Medical and sanitary report of the native army of Bengal for the year
Year: 1874
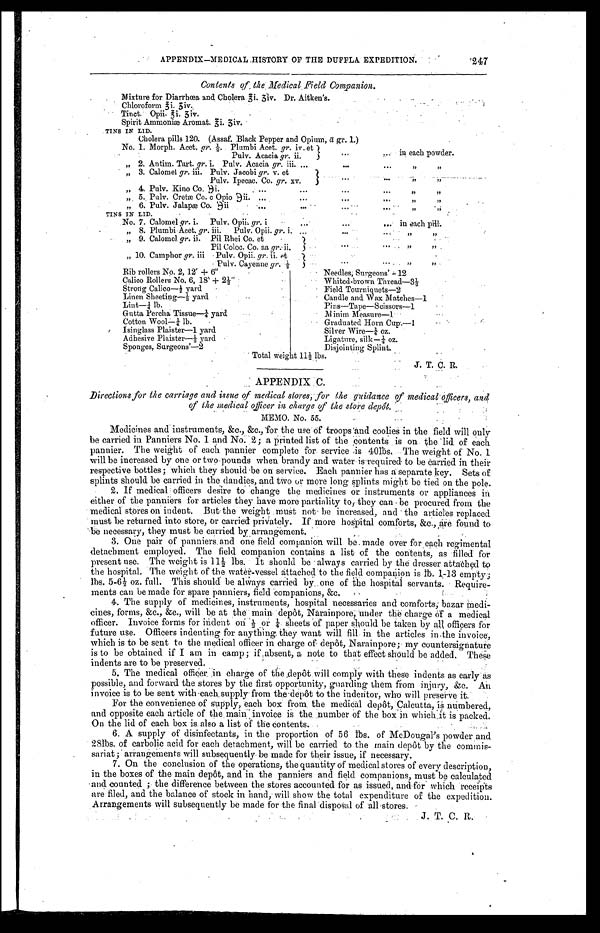
APPENDIX—MEDICAL HISTORY OF THE DUFFLA EXPEDITION 247
Contents of the Medical Field Companion.
Mixture for Diarrhœa and Cholera Ji.Jiv. Dr. Aitken's. .
Chloroform Ji. Jiv.
Tinet. Opii. Ji. Jiv.
Spirit Ammoniæ Aromat. Ji. Jiv.
TINS IN LTD.
Cholera pills 120. (Assaf. Black Pepper and Opium,ä gr. 1.
" "
No. 1. Morph. Acet, gr. ½. Plumbi Acet. gr. iv. et
in each powder.
Pulv. Acacia gr. ii.
" 2. Antim. Tart. gr. i. Pulv. Acacia gr. iii.
" "
" 3. Calomel gr. iii. Pulv. Jacobi gr. v. et
" "
Pulv. Ipecac. Co. gr. xv.
" 4. Pulv. Kino Co. Эi.
" "
" 5. Pulv. Cretæ Co. c Opio Эii.
" "
" 6. Pulv. Jalapæ Co. Эii
" "
TINS IN LID.
" "
No. 7. Calomel gr. i. Pulv. Opii. gr. i
in each pill.
" 8. Plumbi Acet. gr. iii. Pulv. Opii. gr. i.
" "
" 9 . C a l o m e l
g r .
i i . P i l R h e i C o . e t
" "
Pi l Col oc. Co. aa gr. ii.
" 10. Camphor gr. iii Pulv. Opii. gr. ii. et
" "
P u l v . C a y e n n e
g r
. ½
Rib rollers No. 2, 12’ + 6”
Needles, Surgeons' –12
Calico Rollers No. 6, 18’ + 2́½́”
Whited-brown Thread—3½
Strong Calico—́½ yard
Field Tourniquets—2
Linen Sheeting—½ yard
Candle and Wax Matches—1
Lint—¼ lb.
Pi ns—Tape—Sci ssors—1
Gutta Percha Tissue—¼ yard
Mi n i m Me a s u r e —1
Cotton Wool—¼ lb.
Graduat ed Horn Cup. —1
Isinglass Plaister—1 yard
S i l v e r W i r e — ¼ o z .
Adhesive Plaister—½ yard
Li g a t u r e , s i l k —¼ o z .
Sponges, Surgeons' —2
Disjointing Splint.
T o t a l w e i g h t 1 1 ½ l b s .
J. T. C. R.
APPENDIX C.
Directions for the carriage and issue of medical stores, for the guidance of medical officers, and
of the medical officer in charge of the store depot.
MEMO. No. 55.
Medicines and instruments, &c., &c., for the use of troops and coolies in the field will only
be carried in Panniers No. 1 and No. 2; a Printed list of the contents is on the lid of each
pannier. The weight of each pannier complete for service is 401bs. The weight of No. 1
will be increased by one or two pounds when brandy and water is required to be carried in their
respective bottles; which they should be on service. Each pannier has a separate key. Sets of
splints should be carried in the dandies, and two or more long Splints might be tied on the pole.
2. If medical officers desire to change the medicines or instruments or appliances in
either of the panniers for articles they have more partiality to they can be procured from the
medical stores on indent. But the weight must not be increased, and the articles replaced
must be returned into store, or carried privately. If more hospital comforts, &c., are found to
be necessary, they must be carried by arrangement.
3. One pair of panniers. and one field companion will be made over for each regimental
detachment employed. The field companion contains a list of the contents, as filled for
present use. The weight is 11́½ lbs. It should be always carried by the dresser attached to
the hospital. The weight of the water-vessel attached to the field companion is lb. 1-13 empty;
lbs. 5-61 oz. full. This should be always carried by one of the hospital servants. Require
- m e n t s c a n b e m a d e f o r s p a r e p a n n i e r s , f i e l d c o m p a n i o n s , & c .
4. The supply of medicines, instruments, hospital necessaries and comforts; bazar Med
i-cines, forms, &c., &c., will be at the main depôt, Narainpore, under the charge of a medical
officer. Invoice forms for indent oń½ oŕ¼ sheets of paper should be taken by all officers for
future use. Officers indenting for anything, they want will fill in the articles in the invoice,
which is to be sent to the medical officer in charge of depôt, Narainpore; my countersignature
is to be obtained if I am in camp; if absent, a note to that effect should be added. These
indents are to be preserved.
5. The medical officer in charge of the depôt will comply with these indents as early as
possible, and forward the stores by the first opportunity, guarding them from injury, &c. An
invoice is to be sent with each supply from the depôt to the indentor, who will preserve it.
For the convenience of supply, each box from the media, depôt, Calcutta, is numbered,
and opposite each article of the , main invoice is the, number of the box in which,it is packed.
On the lid of each box is also a list of the contents.
6. A supply of disinfectants, in the proportion of 56 lbs. of McDougal's powder and
28lbs. of carbolic acid for each detachment, will be carried to the main depôt by the commis
- s a r i a t ; a r r a n g e m e n t s w i l l s u b s e q u e n t l y b e m a d e f o r t h e i r i s s u e , i f n e c e s s a r y .
7. On the conclusion of the operations, the quantity of medical stores of every description,
in the boxes of the main depôt, and in the panniers and field companions, must be calculated
and counted; the difference between the stores accounted for as issued, and for which
receipts are filed, and the balance of stock in hand, will show the total expenditure of the expedition.
Arrangements will subsequently be made for the final disposal of all stores. J. T. C. R